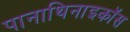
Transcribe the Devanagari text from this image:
पानाथिनाइकॉस